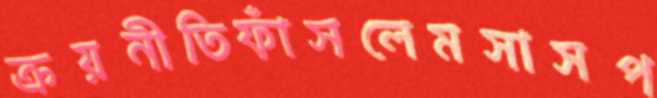
ক্রয়নীতিফাঁসলেমসাসপ